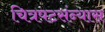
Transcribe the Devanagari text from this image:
चित्रपटसंन्यास